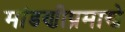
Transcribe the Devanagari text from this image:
मांडणीप्रमाणे